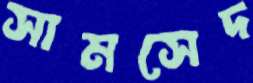
সামসেদ